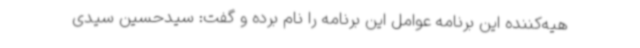
هیه‌کننده این برنامه عوامل این برنامه را نام برده و گفت: سیدحسین سیدی